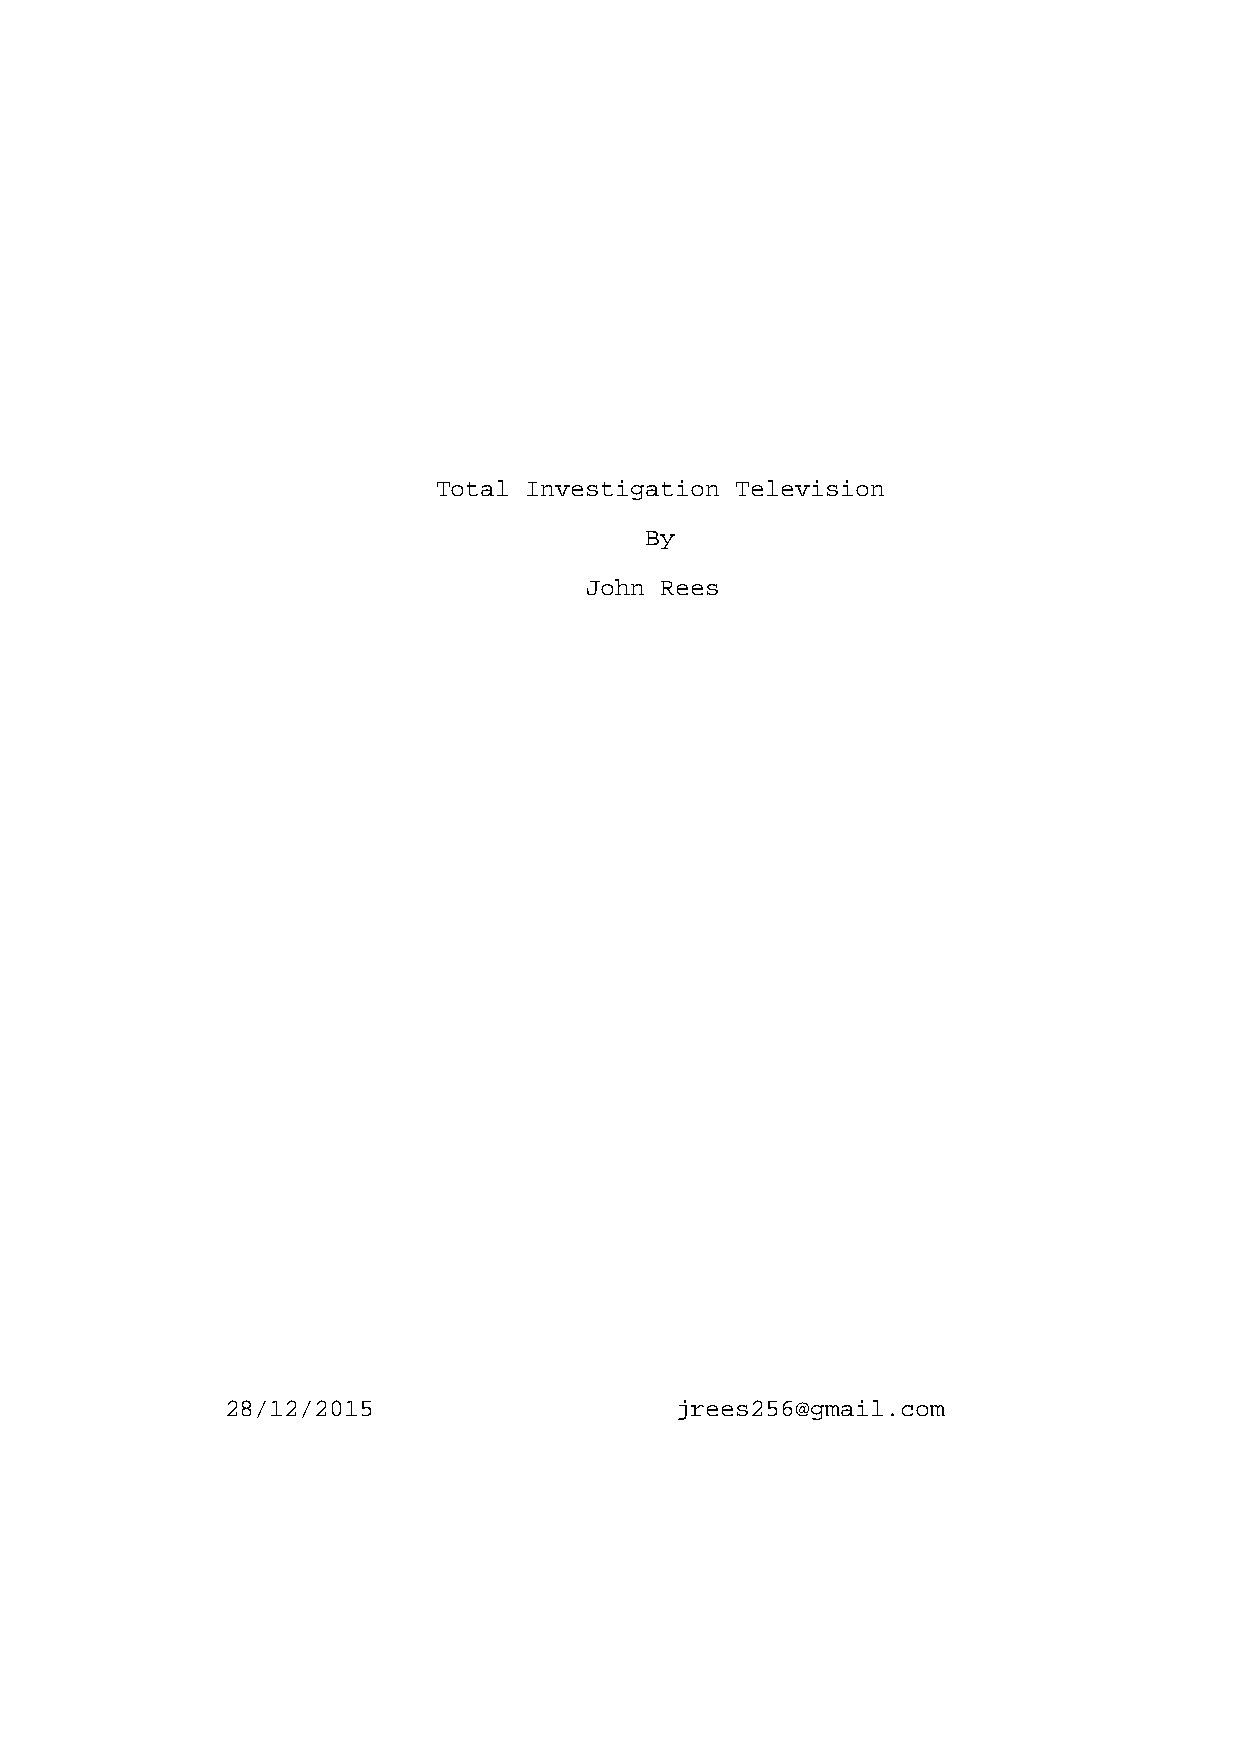
Total Investigation Television
 By
 John Rees
 28/12/2015                    jrees256@gmail.com